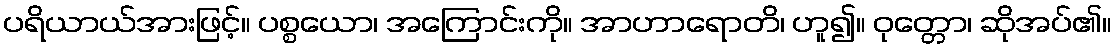
ပရိယာယ်အားဖြင့်။ ပစ္စယော၊ အကြောင်းကို။ အာဟာရောတိ၊ ဟူ၍။ ဝုတ္တော၊ ဆိုအပ်၏။